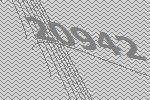
20942